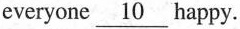
everyone\underline{10}happy.